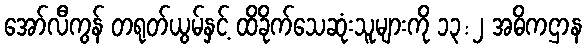
အော်လီကွန် တရုတ်ယွမ်နှင့် ထိခိုက်သေဆုံးသူများကို ၁၃:၂ အဓိကဌာန